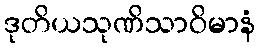
ဒုတိယသုဏိသာဝိမာနံ